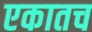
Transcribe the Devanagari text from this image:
एकातच